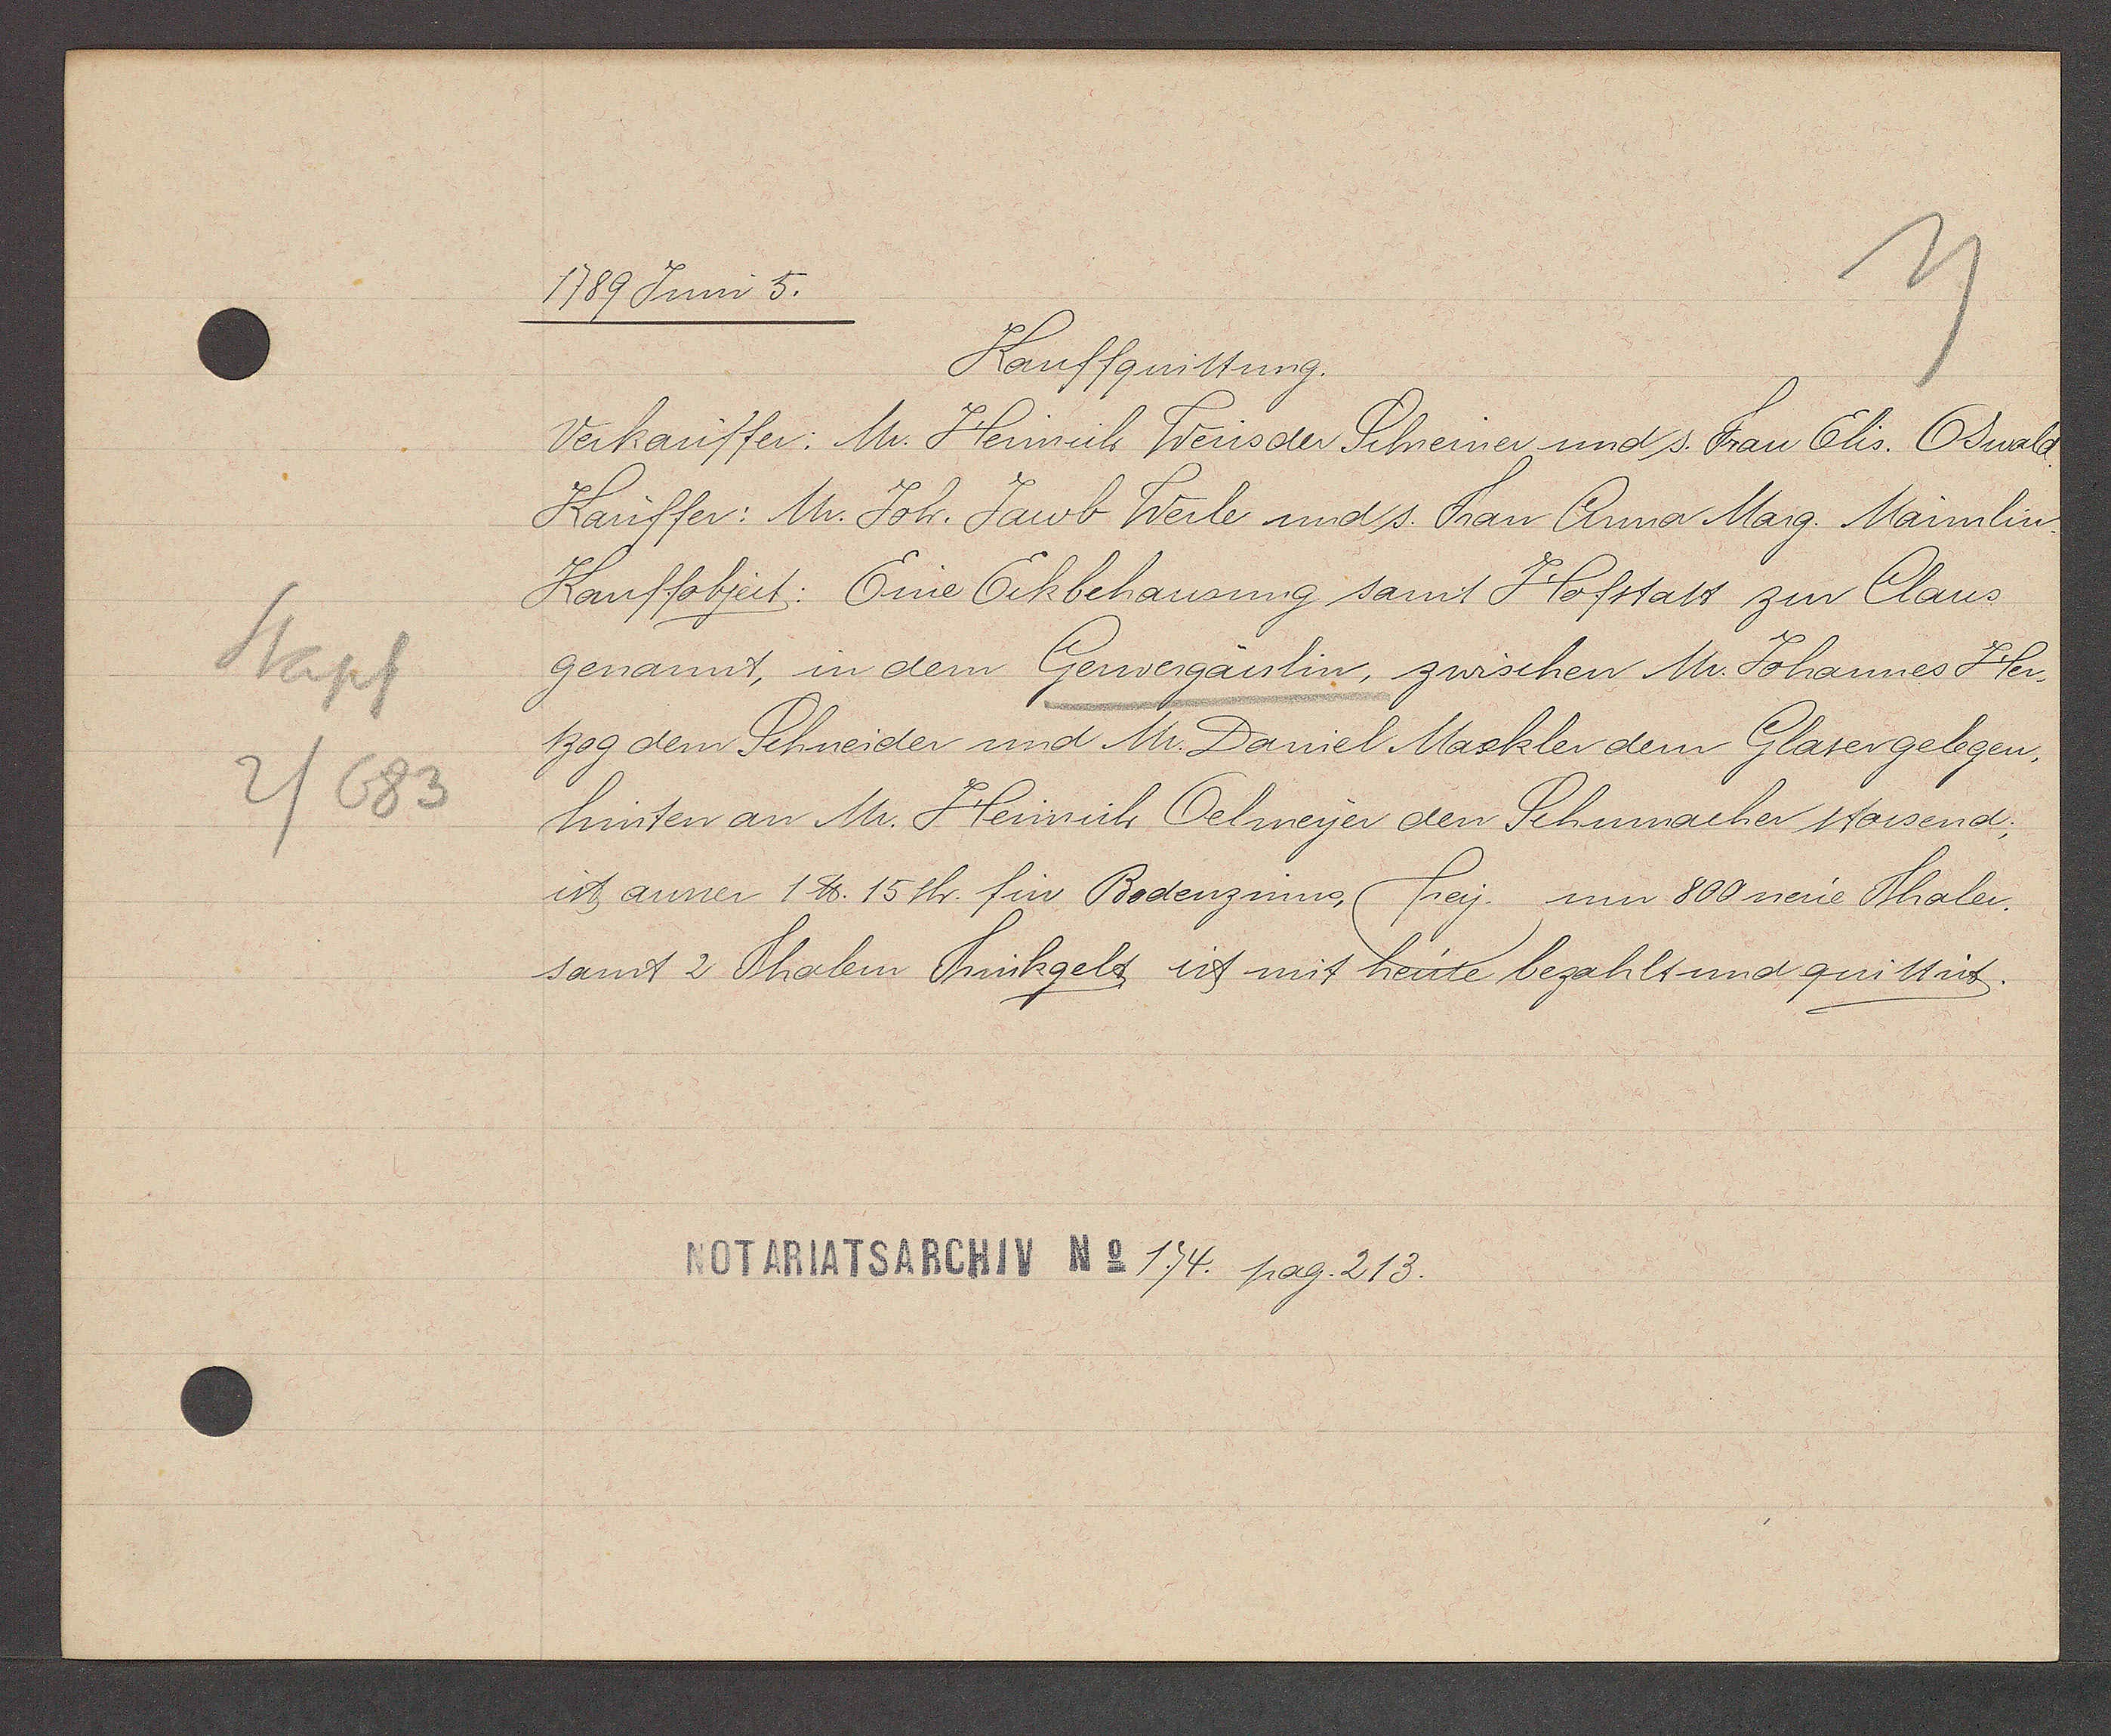
Transcript:
Stapf
2/683

1789 Juni 5.

Kauffquittung.
Verkauffer: Mr. Heinrich Weis der Schreiner und s. Frau Elis. Oswald
Kauffer: Mr. Joh. Jacob Werle und s. Frau Anna Marg. Maimlin,
Kauffobject: Eine Eckbehausung samt Hofstatt zin Claus
genant, in dem Gerwergaislin, zwischen Mr. Johannes Her¬
tzog dem Schneider und Mr. Daniel Mackler dem Glaser gelegen,
hinten an Mr. Heinrich Oelmeyer den Schumacher stossend;
ist anner 1 ℔. 15th. für Bodenzinns, frey. um 800 neue Thaler.
samt 2 Thalern Trinkgelt, ist mit heute bezahlt und quittirt.

Notariatsarchiv No 1.74. pag. 213.